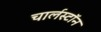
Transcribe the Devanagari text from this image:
चार्लस्टॉन